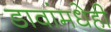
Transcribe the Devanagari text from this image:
डावांमधेही